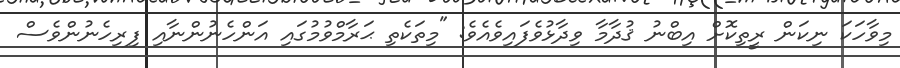
މިވާހަކަ ނިކަން ރީތިކޮށް އިބްނު ޤުދާމާ ވިދާޅުވެފައިވެއެވެ: "މިތަކެތި ޙަރާމްވުމުގައި އަންހެނުންނާއި ފިރިހެނުންވެސް